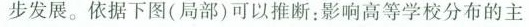
步发展。依据下图(局部)可以推断：影响高等学校分布的主